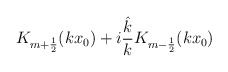
\begin{align*}K_{m+\frac 12}(kx_0)+i\frac{\hat k}{k}K_{m-\frac 12}(kx_0)\end{align*}